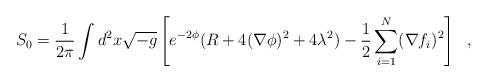
LaTeX: \begin{align*}S_0={1\over 2\pi}\int d^2x\sqrt{-g}\left [e^{-2\phi}(R + 4(\nabla\phi)^2+4\lambda^2) -{1\over 2}\sum_{i=1}^N(\nabla f_i)^2\right ]\ \ ,\end{align*}